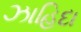
ઝાહિદા